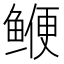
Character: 𫚣